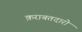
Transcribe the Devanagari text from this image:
क़राबतदारो